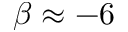
\beta \approx - 6